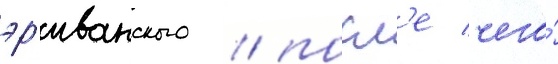
эр'иванского / посл'е чего́